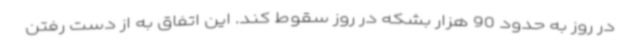
در روز به حدود 90 هزار بشکه در روز سقوط کند. این اتفاق به از دست رفتن